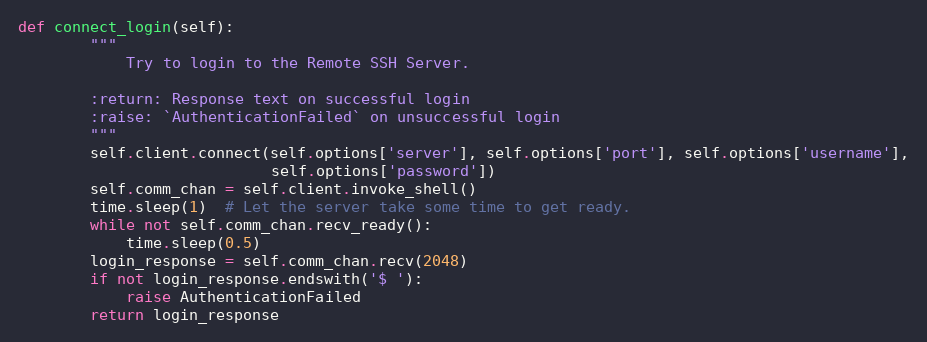
Language: Python
def connect_login(self):
        """
            Try to login to the Remote SSH Server.

        :return: Response text on successful login
        :raise: `AuthenticationFailed` on unsuccessful login
        """
        self.client.connect(self.options['server'], self.options['port'], self.options['username'],
                            self.options['password'])
        self.comm_chan = self.client.invoke_shell()
        time.sleep(1)  # Let the server take some time to get ready.
        while not self.comm_chan.recv_ready():
            time.sleep(0.5)
        login_response = self.comm_chan.recv(2048)
        if not login_response.endswith('$ '):
            raise AuthenticationFailed
        return login_response